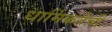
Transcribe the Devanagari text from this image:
धार्मिकतेची